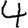
Digit: 4